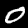
Label: 0